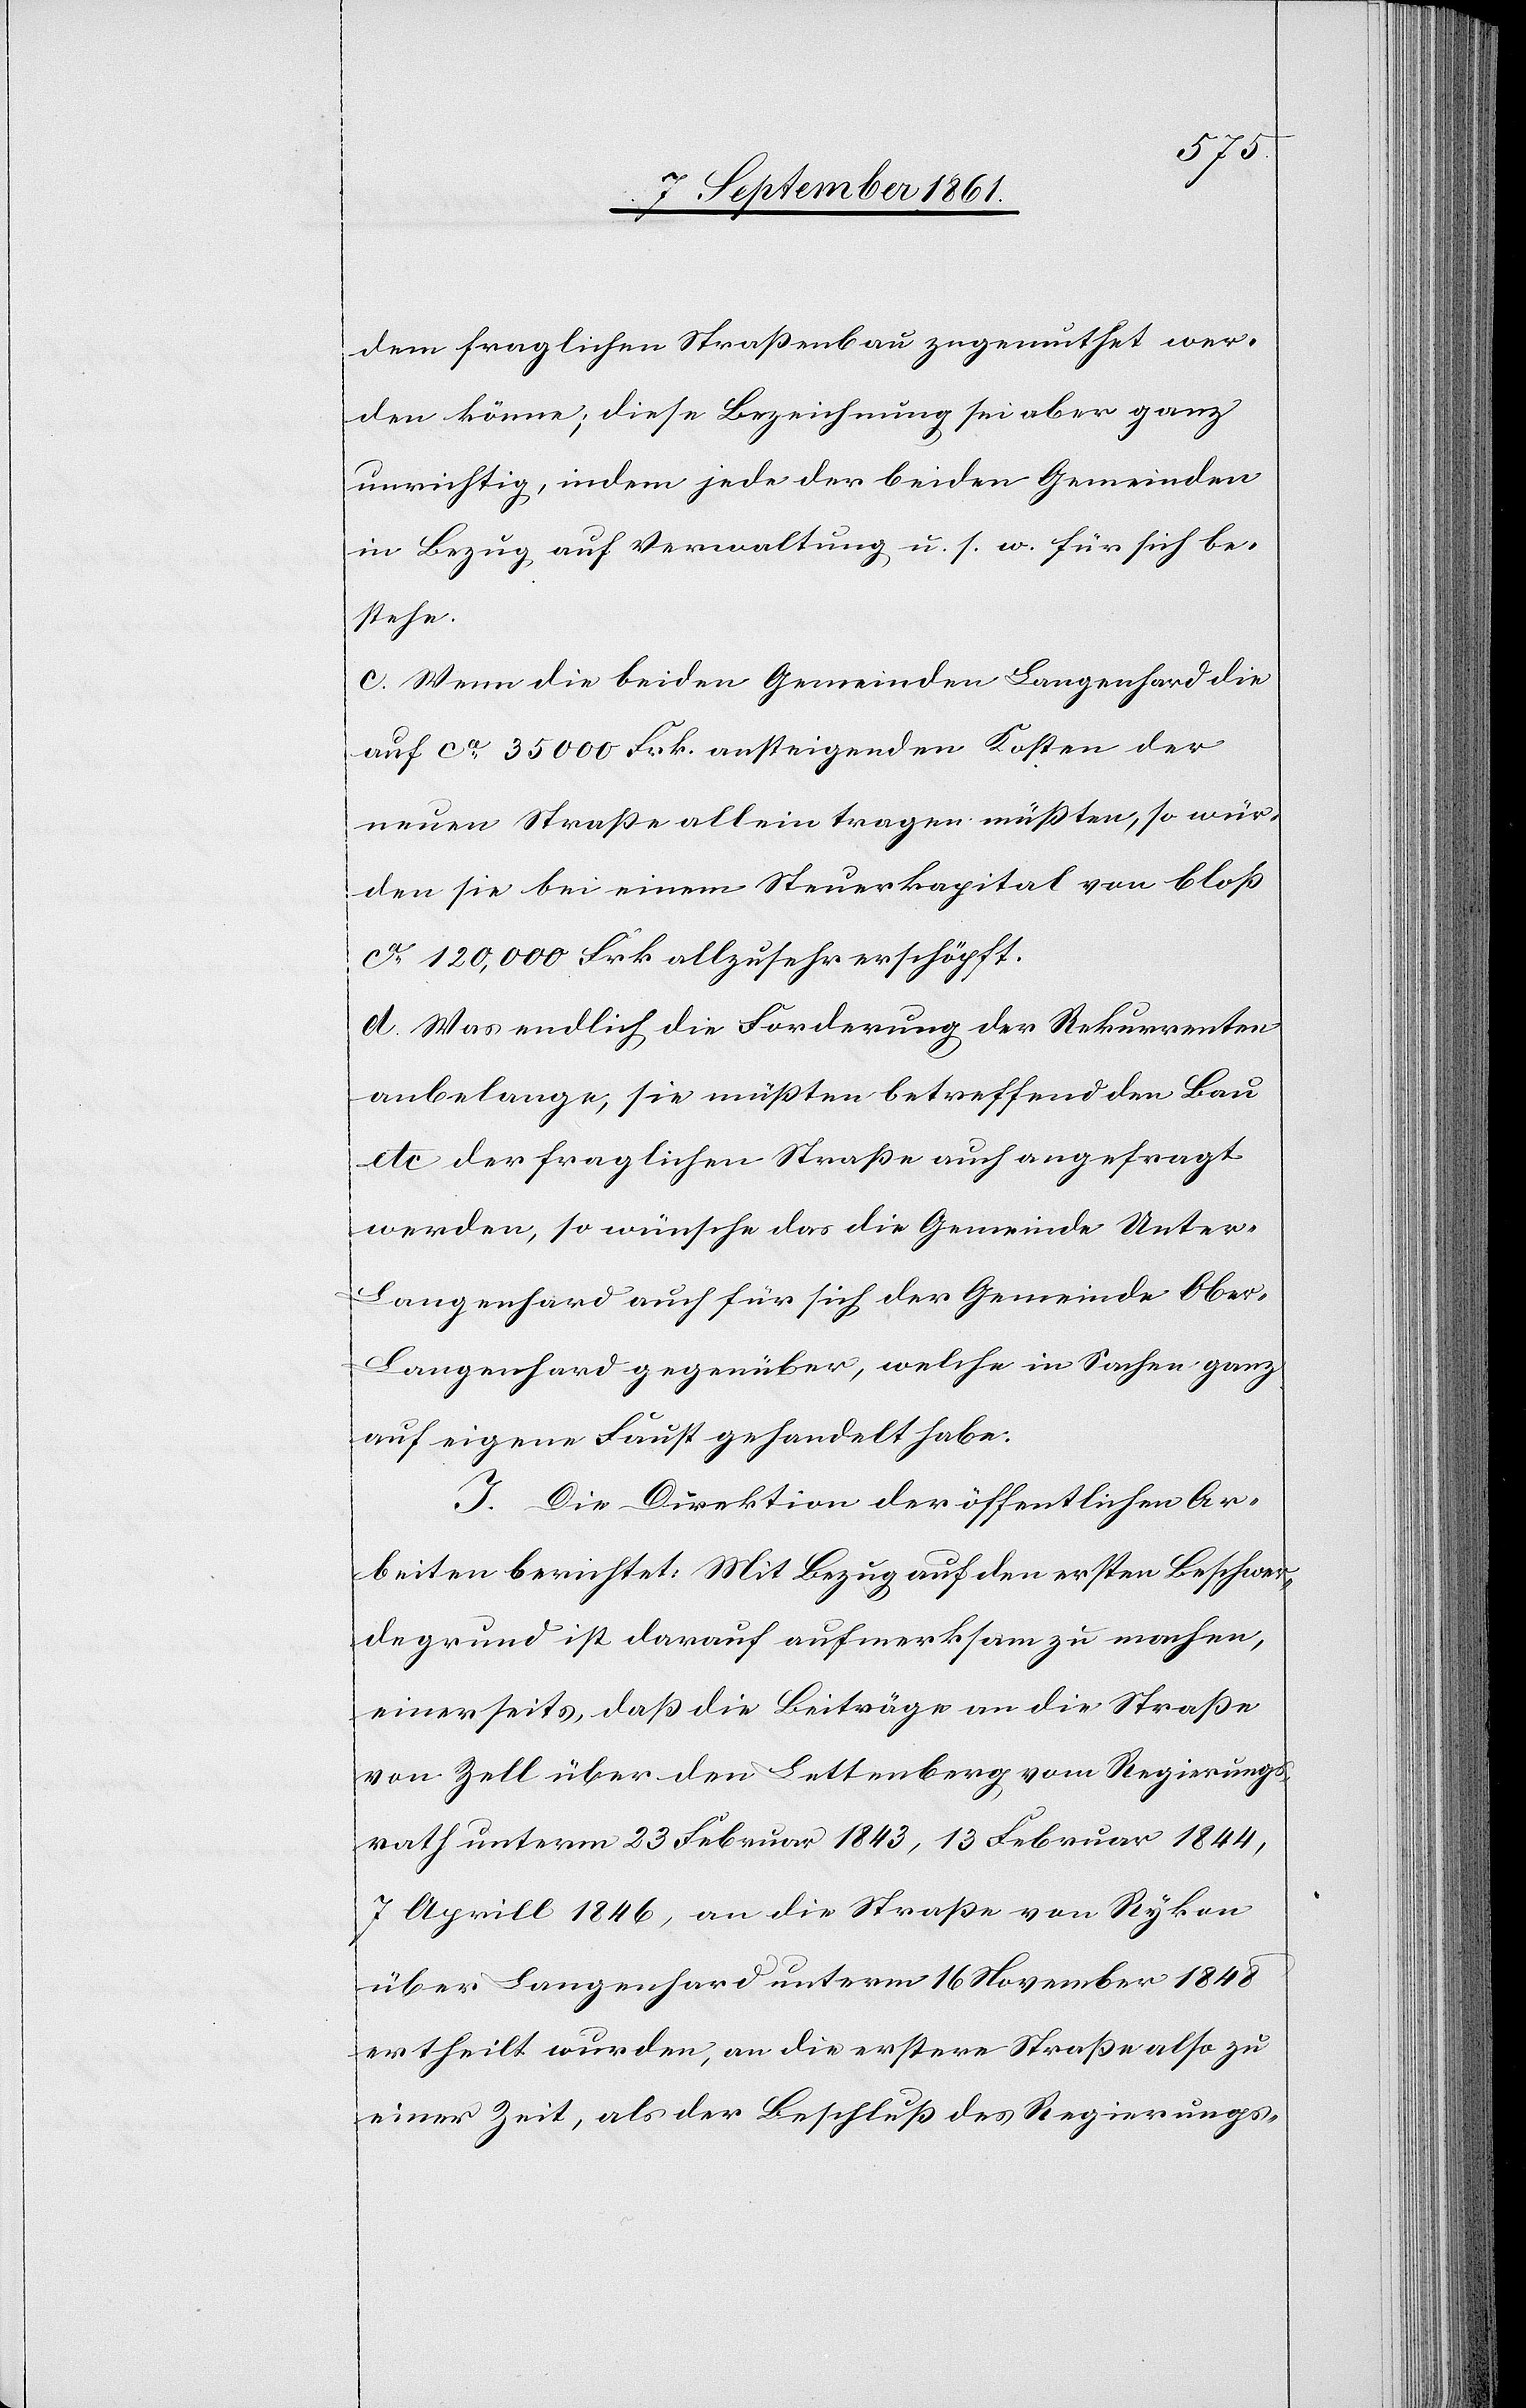
dem fraglichen Straßenbau zugemuthet wer¬
den könne; diese Bezeichnung sei aber ganz
unrichtig, indem jede der beiden Gemeinden
in Bezug auf Verwaltung u. s. w. für sich be¬
stehe.
c. Wenn die beiden Gemeinden Langenhard die
auf ca 35000 Frk. ansteigenden Kosten der
neuen Straße allein tragen müßten, so wür¬
den sie bei einem Steuerkapital von bloß
ca 120,000 Frk. allzusehr erschöpft.
d. Was endlich die Forderung der Rekurrenten
anbelange, sie müßten betreffend den Bau
etc der fraglichen Straße auch angefragt
werden, so wünsche das die Gemeinde Unter-L¬
angenhard auch für sich der Gemeinde Ober-L¬
angenhard gegenüber, welche in Sachen ganz
auf eigene Faust gehandelt habe.
J. Die Direktion der öffentlichen Ar¬
beiten berichtet: Mit Bezug auf den ersten Beschwer¬
degrund ist darauf aufmerksam zu machen,
einerseits, daß die Beiträge an die Straße
von Zell über den Lettenberg vom Regierungs¬
rath unterm 23 Februar 1843, 13 Februar 1844,
7 Aprill 1846, an die Straßen von Rykon
über Langenhard unterm 16 November 1848
ertheilt wurden, an die erstere Straße also zu
einer Zeit, als der Beschluß des Regierungs-